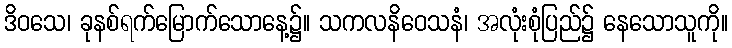
ဒိဝသေ၊ ခုနစ်ရက်မြောက်သောနေ့၌။ သကလနိဝေသနံ၊ အလုံးစုံပြည်၌ နေသောသူကို။